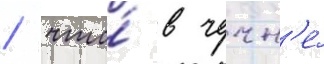
/ что́ в чечн'е́